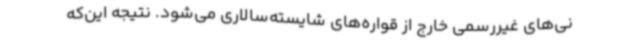
نی‌های غیررسمی خارج از قواره‌های شایسته‌سالاری می‌شود. نتیجه این‌که